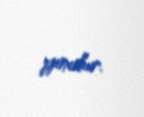
yoxdur.